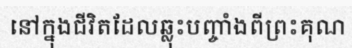
នៅក្នុងជីវិតដែលឆ្លុះបញ្ចាំងពីព្រះគុណ